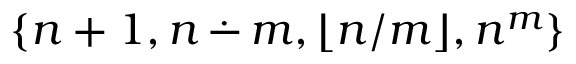
\{ n + 1 , n \, { \stackrel { . } { - } } \, m , \lfloor n / m \rfloor , n ^ { m } \}